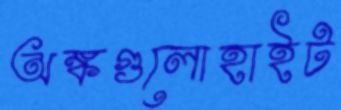
অঙ্কগুলোহাইট